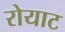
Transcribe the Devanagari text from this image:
रोयाट